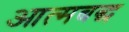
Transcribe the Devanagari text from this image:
आत्मबद्ध